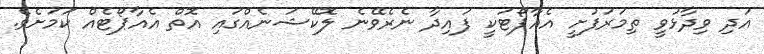
އަދި ވިދާޅުވީ ތިމަރަފުށީ އެއާޕޯޓަކީ ފައިދާ ނެރެވޭނެ ލޮކޭޝަނެއްގައި އޮތް އެއާޕޯޓެއް ކަމަށެވެ.